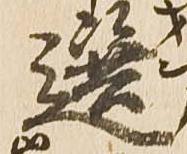
選